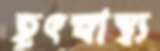
হূৎস্বাস্থ্য